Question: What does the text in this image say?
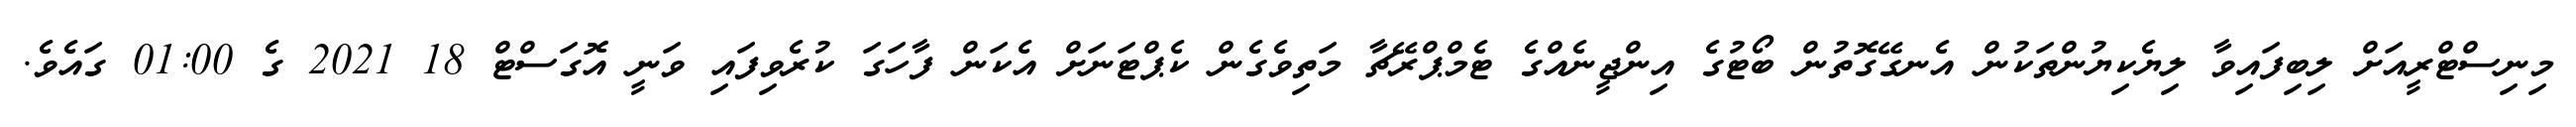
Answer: މިނިސްޓްރީއަށް ލިބިފައިވާ ލިޔެކިޔުންތަކުން އެނގޭގޮތުން ބޯޓުގެ އިންޖީނެއްގެ ޓެމްޕްރޭޗާ މަތިވެގެން ކެޕްޓަނަށް އެކަން ފާހަގަ ކުރެވިފައި ވަނީ އޮގަސްޓް 18 2021 ގެ 01:00 ގައެވެ.